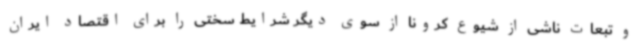
و تبعات ناشی از شیوع کرونا از سوی دیگر شرایط سختی را برای اقتصاد ایران